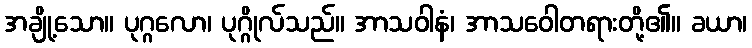
အချို့သော။ ပုဂ္ဂလော၊ ပုဂ္ဂိုလ်သည်။ အာသဝါနံ၊ အာသဝေါတရားတို့၏။ ခယာ၊